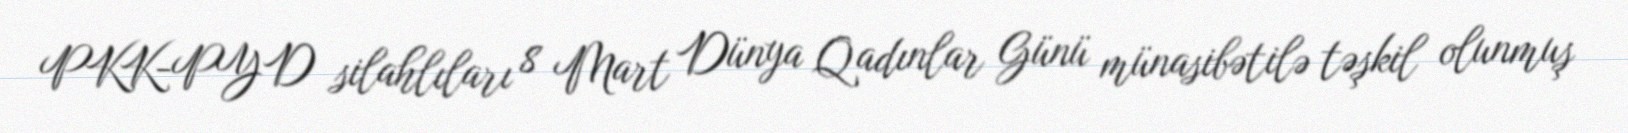
PKK-PYD silahlıları 8 Mart Dünya Qadınlar Günü münasibətilə təşkil olunmuş